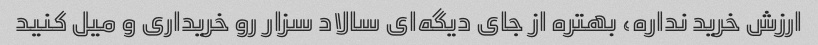
ارزش خرید نداره، بهتره از جای دیگه‌ای سالاد سزار رو خریداری و میل کنید